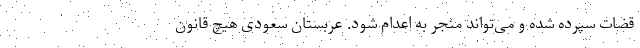
قضات سپرده شده و می‌تواند منجر به اعدام شود. عربستان سعودی هیچ قانون